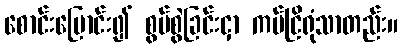
စောင်းမြောင်း၍ စွပ်စွဲခြင်းငှာ ကပ်ငြိရုံသာတည်း။